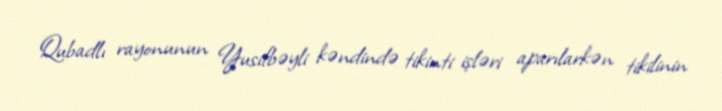
Qubadlı rayonunun Yusifbəyli kəndində tikinti işləri aparılarkən tikilinin